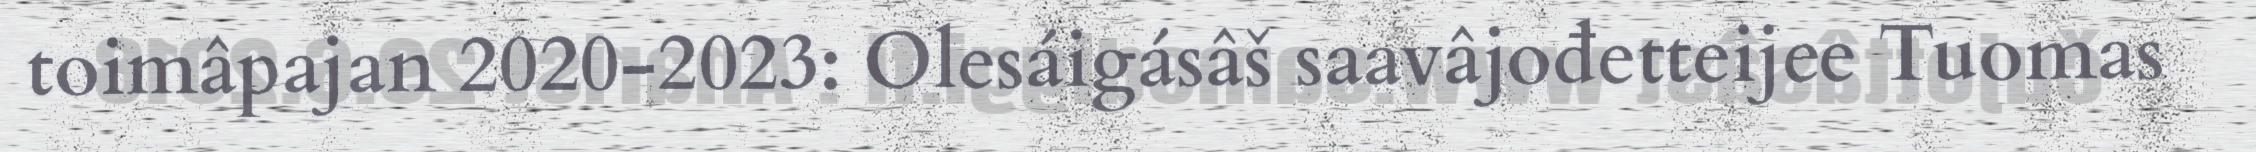
toimâpajan 2020-2023: Olesáigásâš saavâjođetteijee Tuomas